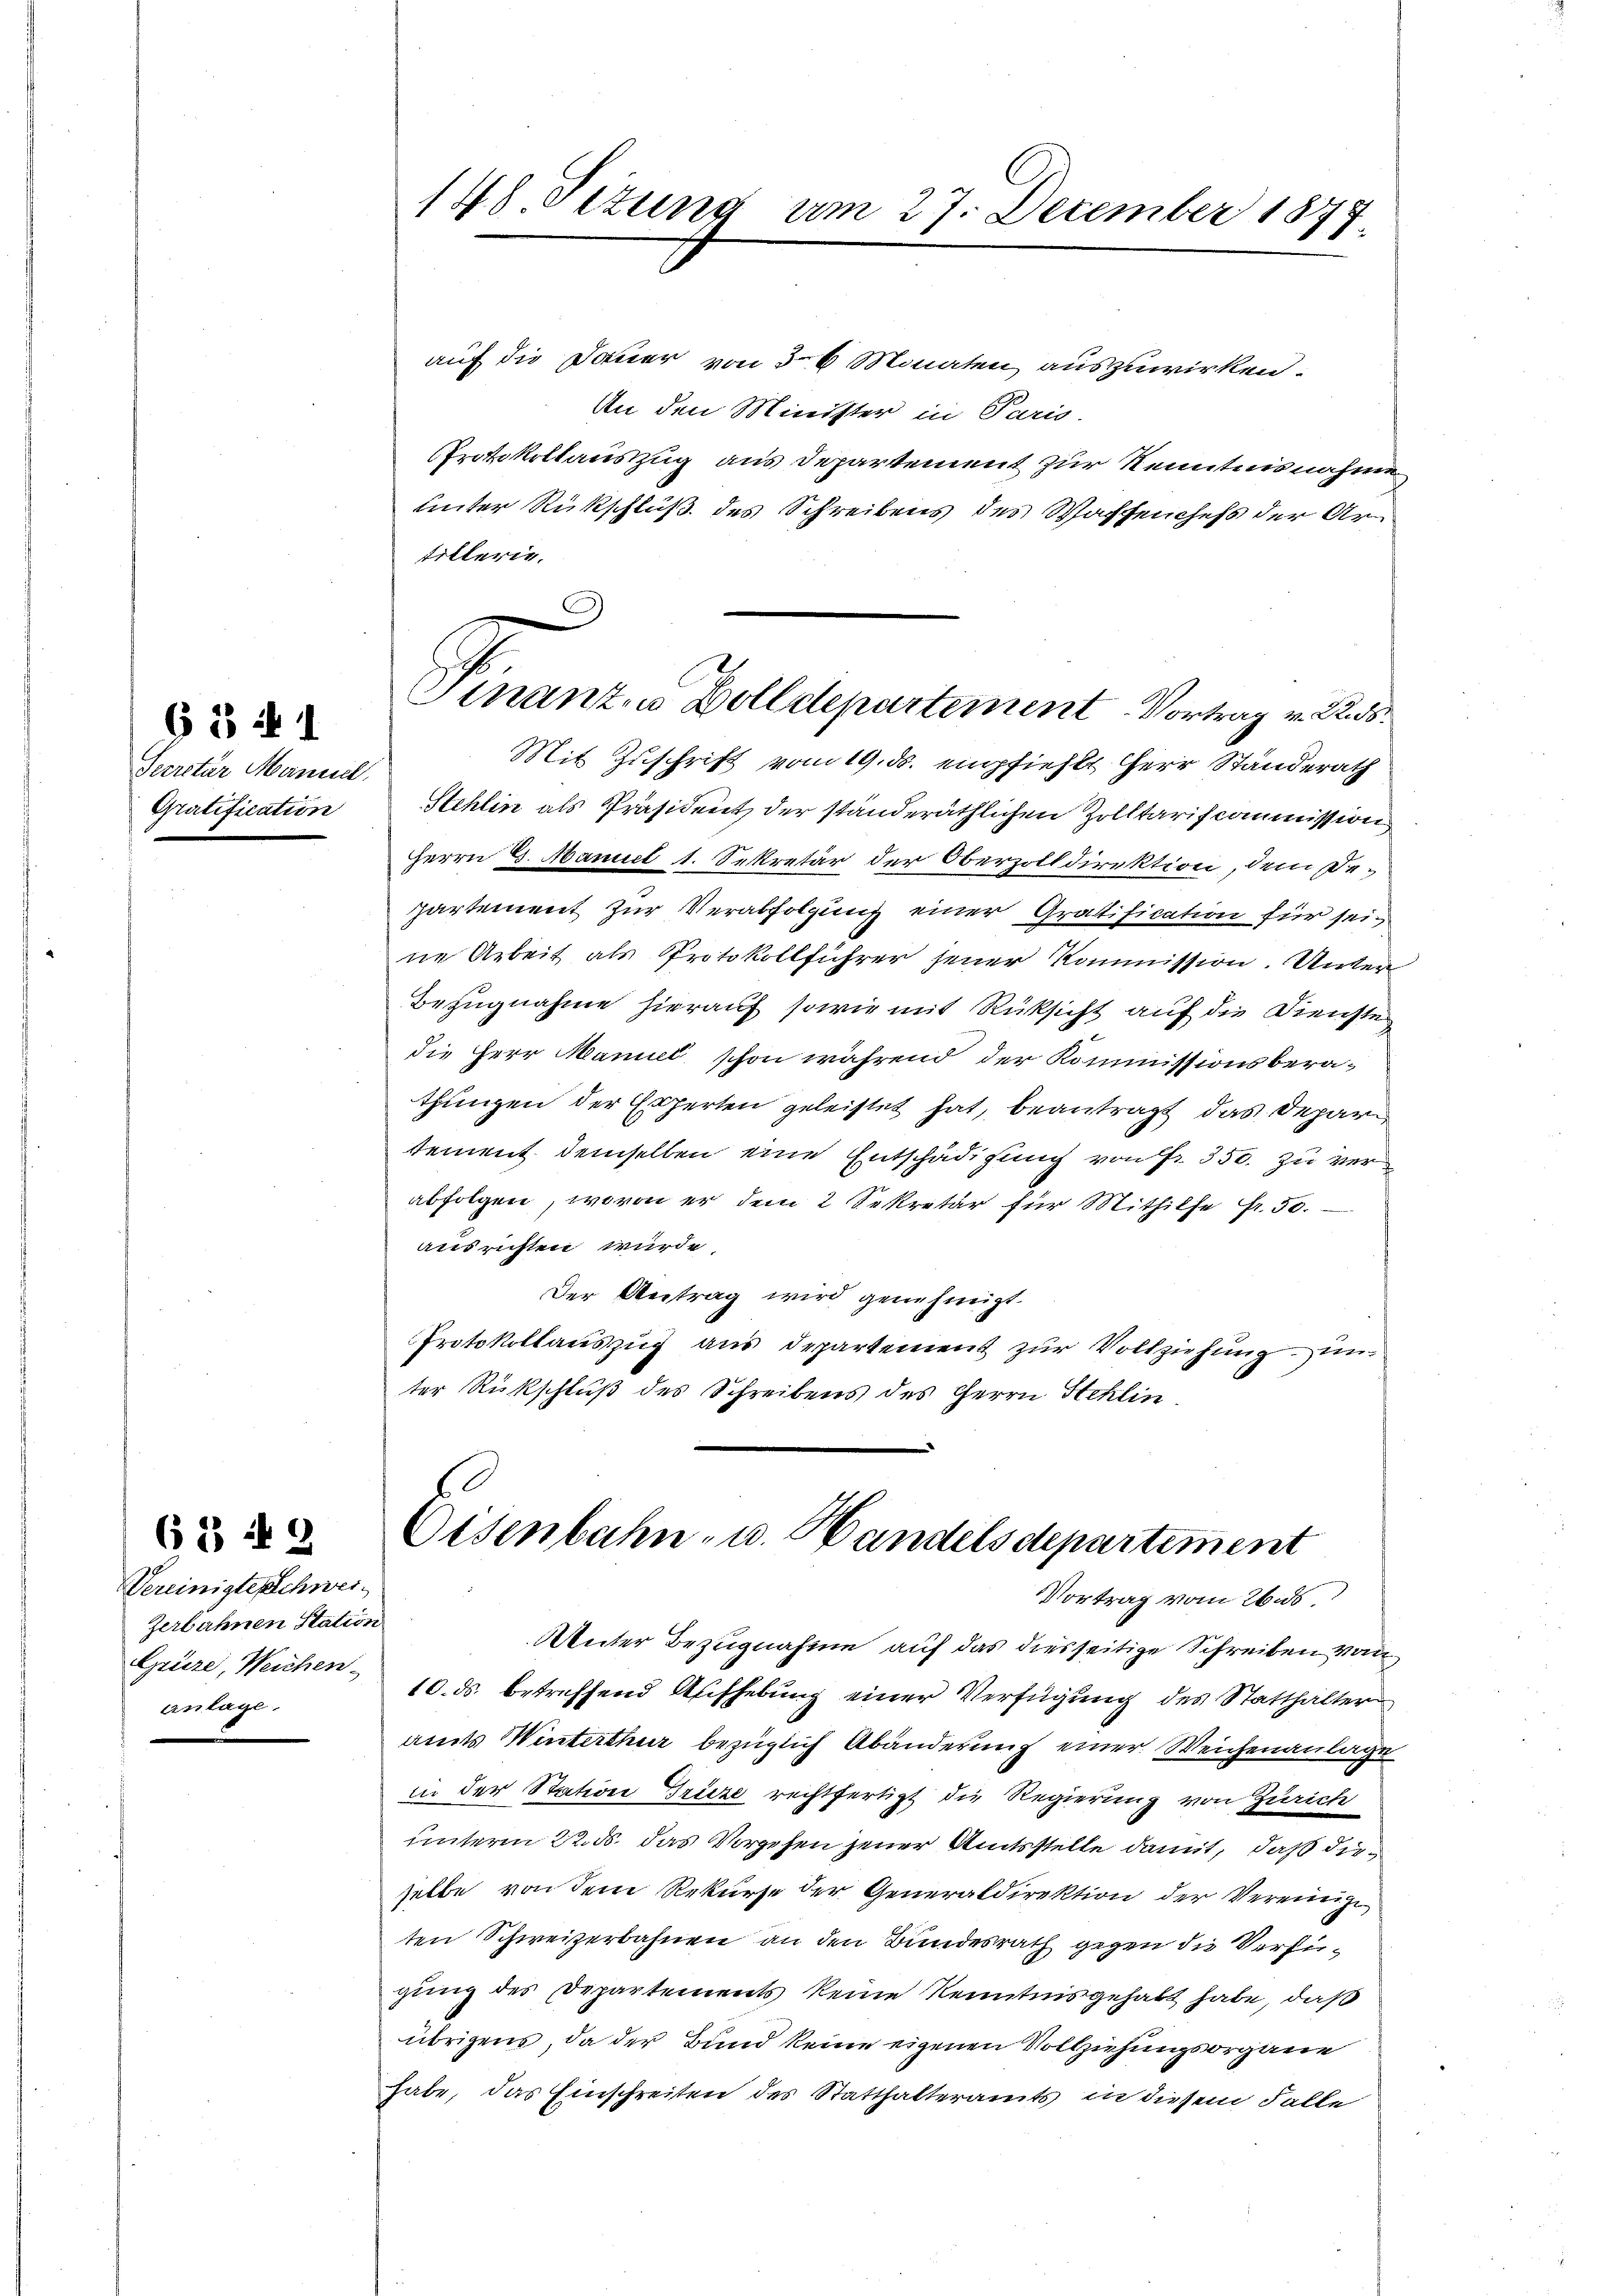
Secretär Manuel.
Gratification

§341

Vereinigte schwei¬
Zerbahnen Station
Grüre, Weichen-
anlage.

63 n 2

148 Sizung am 27. December 1877.

auf die Dauer von § 6 Monaten auszuwirken.
An den Minister in Paris
PProtokollauszug aus Departement zur Kenntnisnahme,
unter Rückschluß des Schreibens des Waffenchefs der Artillerie.
Mit Zuschrift vom 19. ds. empfiehlt Herr Standerath
Stehlin als Präsident der standeräthlichen Zolltariscommission
Herrn 8. Maniel 1. Sekretär der Oberzolldirektion, dem Departement zur Verabfolgung einer Gratification für seine Arbeit als Protokollführer jener Kommission. Unter
Bezugnahme hierauf sowie mit Rücksicht auf die Dienste
die Herr Manuel schon während der Kommissionsberathungen der Experten geleistet hat, beantragt, das Depara
tement demselben eine Entschädigung von Fr. 350. zu verabfolgen, wovon er dem 2 Sekretär für Mithilfe Fr. 50.
ausrichten würde.
Der Vertrag wird genehmigt.
Protokollauszug aus Departement zur Vollziehung un
ter Rückschluß des Schreibens des Herrn Stehlin

Stnant, u Dolldepartement Vortrag v. 2

Eisenbahn- u. Handelsdepartement
Vortrag vom 26. ds.

Unter Bezugnahme auf das diesseitige Schreiben von
10. ds. betreffend Aufhebung einer Verfügung des Statthalter
amts Winterthur bezüglich Abänderung einer Weichenanlage
in der Station Grize rechtfertigt die Regierung von Zürich
unterm 22. ds. das Vorgehen jener Amtsstelle damit, daß dieselbe von dem Rekurse der Generaldirektion der Vereinige
ten Schweizerbahnen an den Bundesrath gegen die Versigung des Departements keine Kenntnis gehabt habe, daß
übrigens, da der Bund keine eigenen Vollziehungsorgane
habe, das Einschreiten des Statthalteramts in diesem Falle